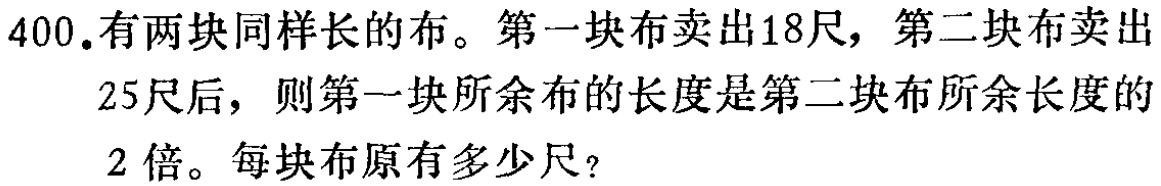
400.有两块同样长的布。第一块布卖出18尺，第二块布卖出25尺后，则第一块所余布的长度是第二块布所余长度的2倍。每块布原有多少尺？